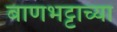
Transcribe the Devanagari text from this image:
बाणभट्टाच्या